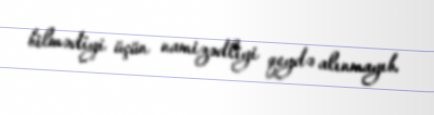
bilmədiyi üçün namizədliyi qeydə alınmayıb.